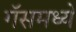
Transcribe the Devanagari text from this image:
गॅसमध्ये